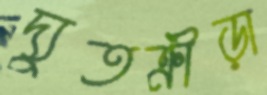
দ্যুতক্রীড়া